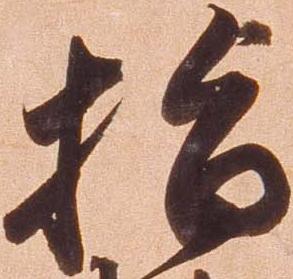
指